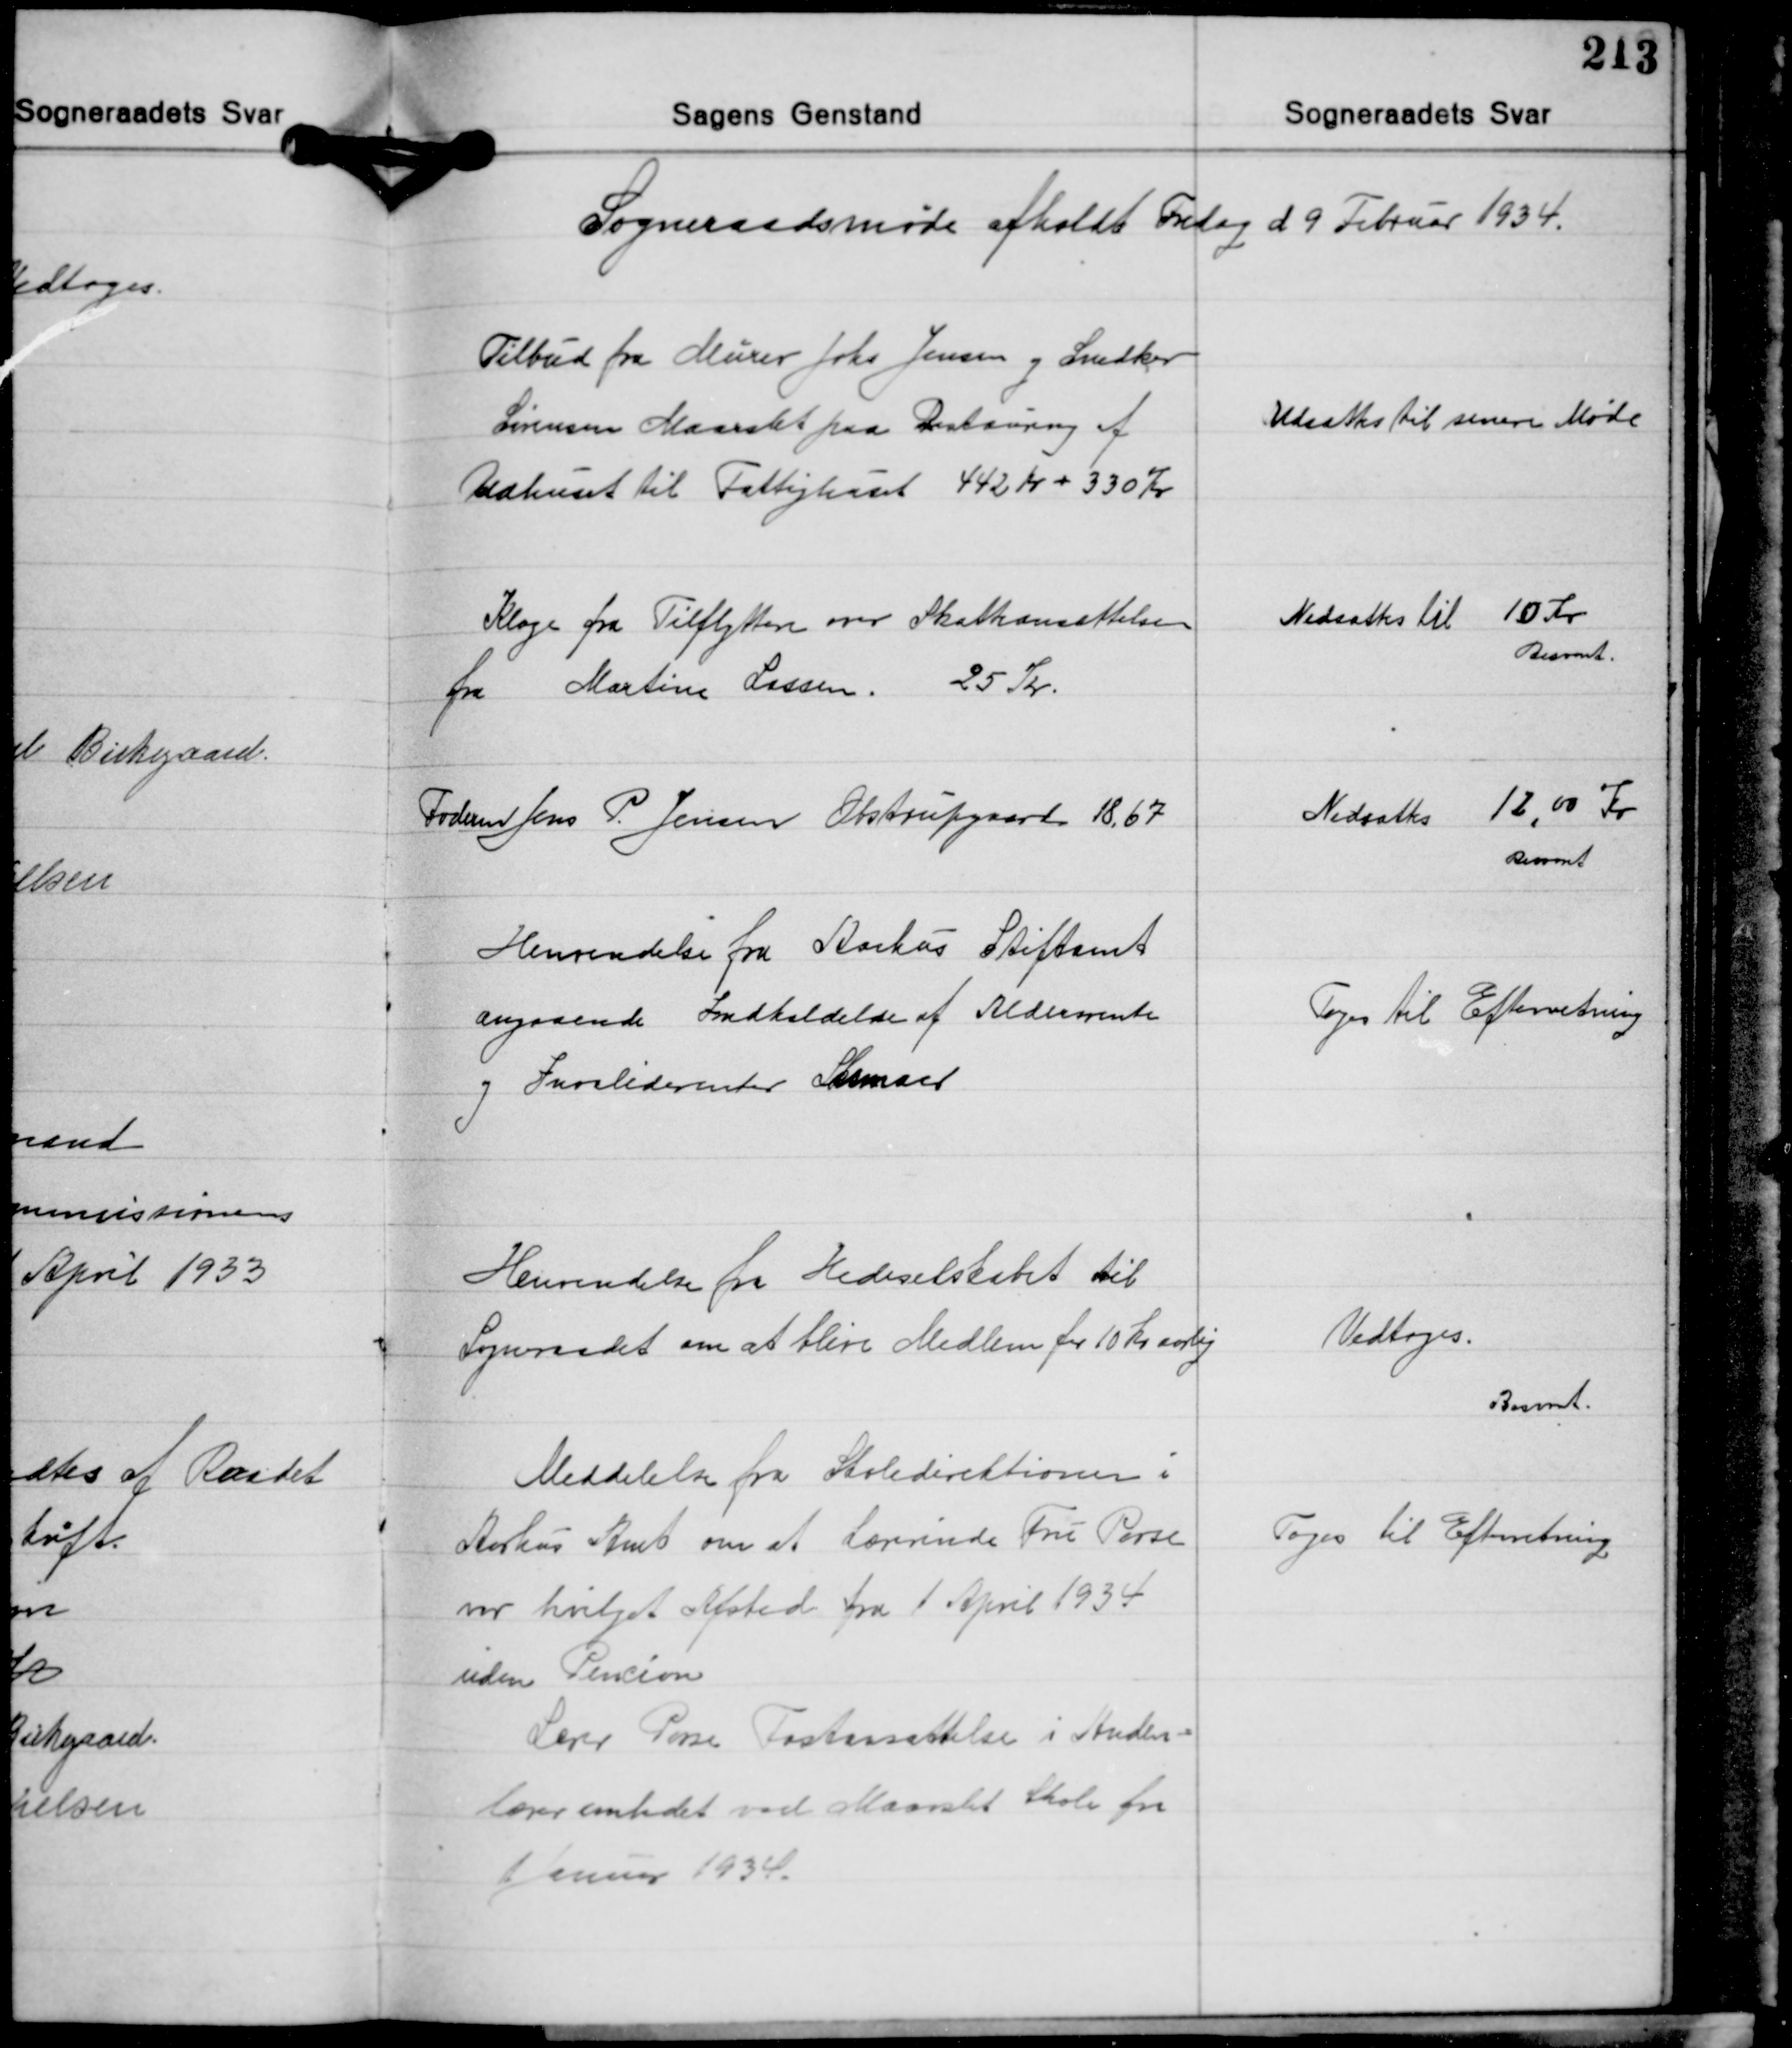
Transskription:
Sogneraadsmøde afholdt Fredag d. 9 Februar 1934.

Tilbud fra Murer Johs. Jensen og Snedker
Sørensen Maarslet paa Restaurering af
Udhuset til Fattighuset 442 Kr. + 330 Kr.

Udsættes til senere Møde

Klage fra Tilflyttere over Skatteansættelsen
fra Martine Lassen 25 Kr.

Nedsattes til 10 Kr.
Besvaret.

Foderm. Jens P. Jensen Obstrupgaard 18,67

Nedsattes 12,00 Kr.
Besvaret

Henvendelse fra Aarhus Stiftamt
angaaende Indkaldelse af Aldersrente
og Invaliderenter Skemaer.

Toges til Efterretning

Henvendelse fra Hedeselskabet til
Sogneraadet om at blive Medlem for 10 Kr. aarlig

Vedtoges.
Besvaret.

Meddelelse fra Skoledirektionen i
Aarhus Amt om at Lærerinde Fru Porse
var bvilget Afsked fra 1 April 1934
uden Pencion
Lærer Porse Fastansættelse i Anden-
lærerembedet ved Maarslet Skole fra
Januar 1934.

Toges til Efterretning